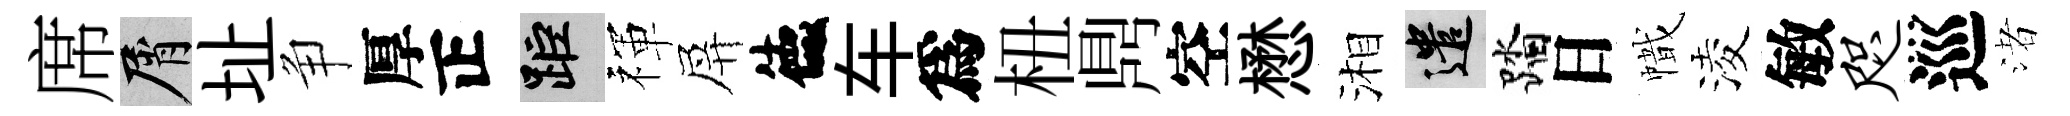
席屑址争厚正距禈屏德车爲杻𪔂空懋湘遣踏日幟淩敏咫巡渚